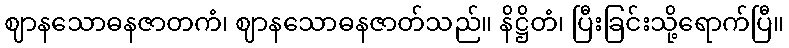
ဈာနသောဓနဇာတကံ၊ ဈာနသောဓနဇာတ်သည်။ နိဋ္ဌိတံ၊ ပြီးခြင်းသို့ရောက်ပြီ။